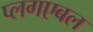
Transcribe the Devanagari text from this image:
प्लगएबल